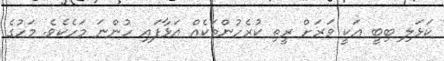
ކަޅަލި ބިބީ އަކީ ވަރަށް ރީތި ކުރެހުންތަކެއް އަޅާފައި ހުންނަ މަހެކެވެ. މަހުގެ